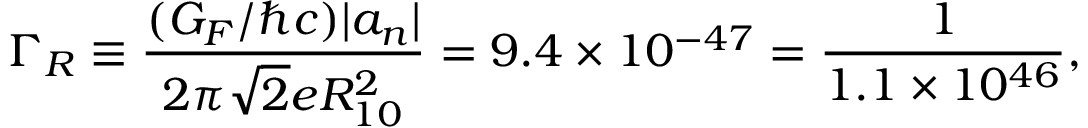
\Gamma _ { R } \equiv \frac { ( G _ { F } / \hbar c ) | a _ { n } | } { 2 \pi \sqrt { 2 } e R _ { 1 0 } ^ { 2 } } = 9 . 4 \times 1 0 ^ { - 4 7 } = \frac { 1 } { 1 . 1 \times 1 0 ^ { 4 6 } } ,